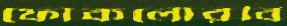
ফোকলোরবি